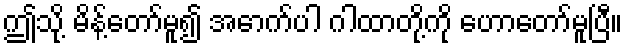
ဤသို့ မိန့်တော်မူ၍ အောက်ပါ ဂါထာတို့ကို ဟောတော်မူပြီ။